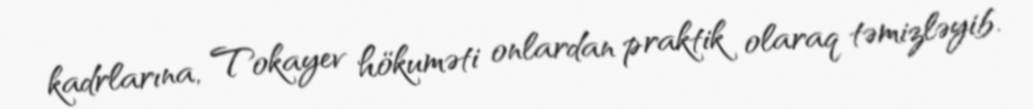
kadrlarına, Tokayev hökuməti onlardan praktik olaraq təmizləyib.